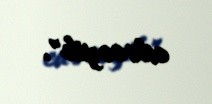
edəcəyik".